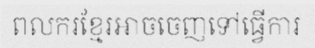
ពលករខ្មែរអាចចេញទៅធ្វើការ